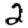
Digit: 2